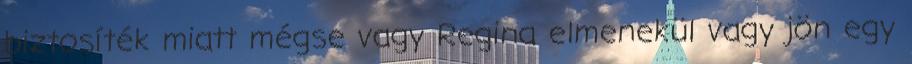
biztosíték miatt mégse vagy Regina elmenekül vagy jön egy